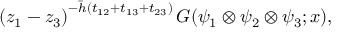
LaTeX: \left( z _ { 1 } - z _ { 3 } \right) ^ { - \bar { h } ( t _ { 1 2 } + t _ { 1 3 } + t _ { 2 3 } ) } G ( \psi _ { 1 } \otimes \psi _ { 2 } \otimes \psi _ { 3 } ; x ) ,